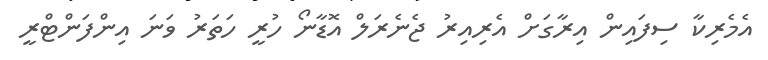
އެމެރިކާ ސިފައިން އިރާގަށް އެރިއިރު ޖެނެރަލް އޮޑާނޯ ހުރީ ހަތަރު ވަނަ އިންފަންޓްރީ